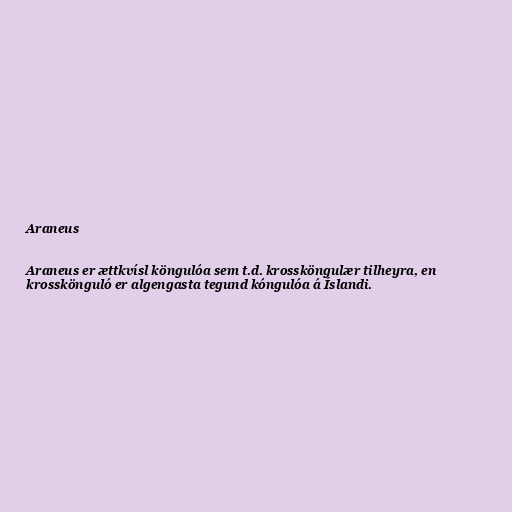
Araneus

Araneus er ættkvísl köngulóa sem t.d. krossköngulær tilheyra, en
krosskönguló er algengasta tegund kóngulóa á Íslandi.